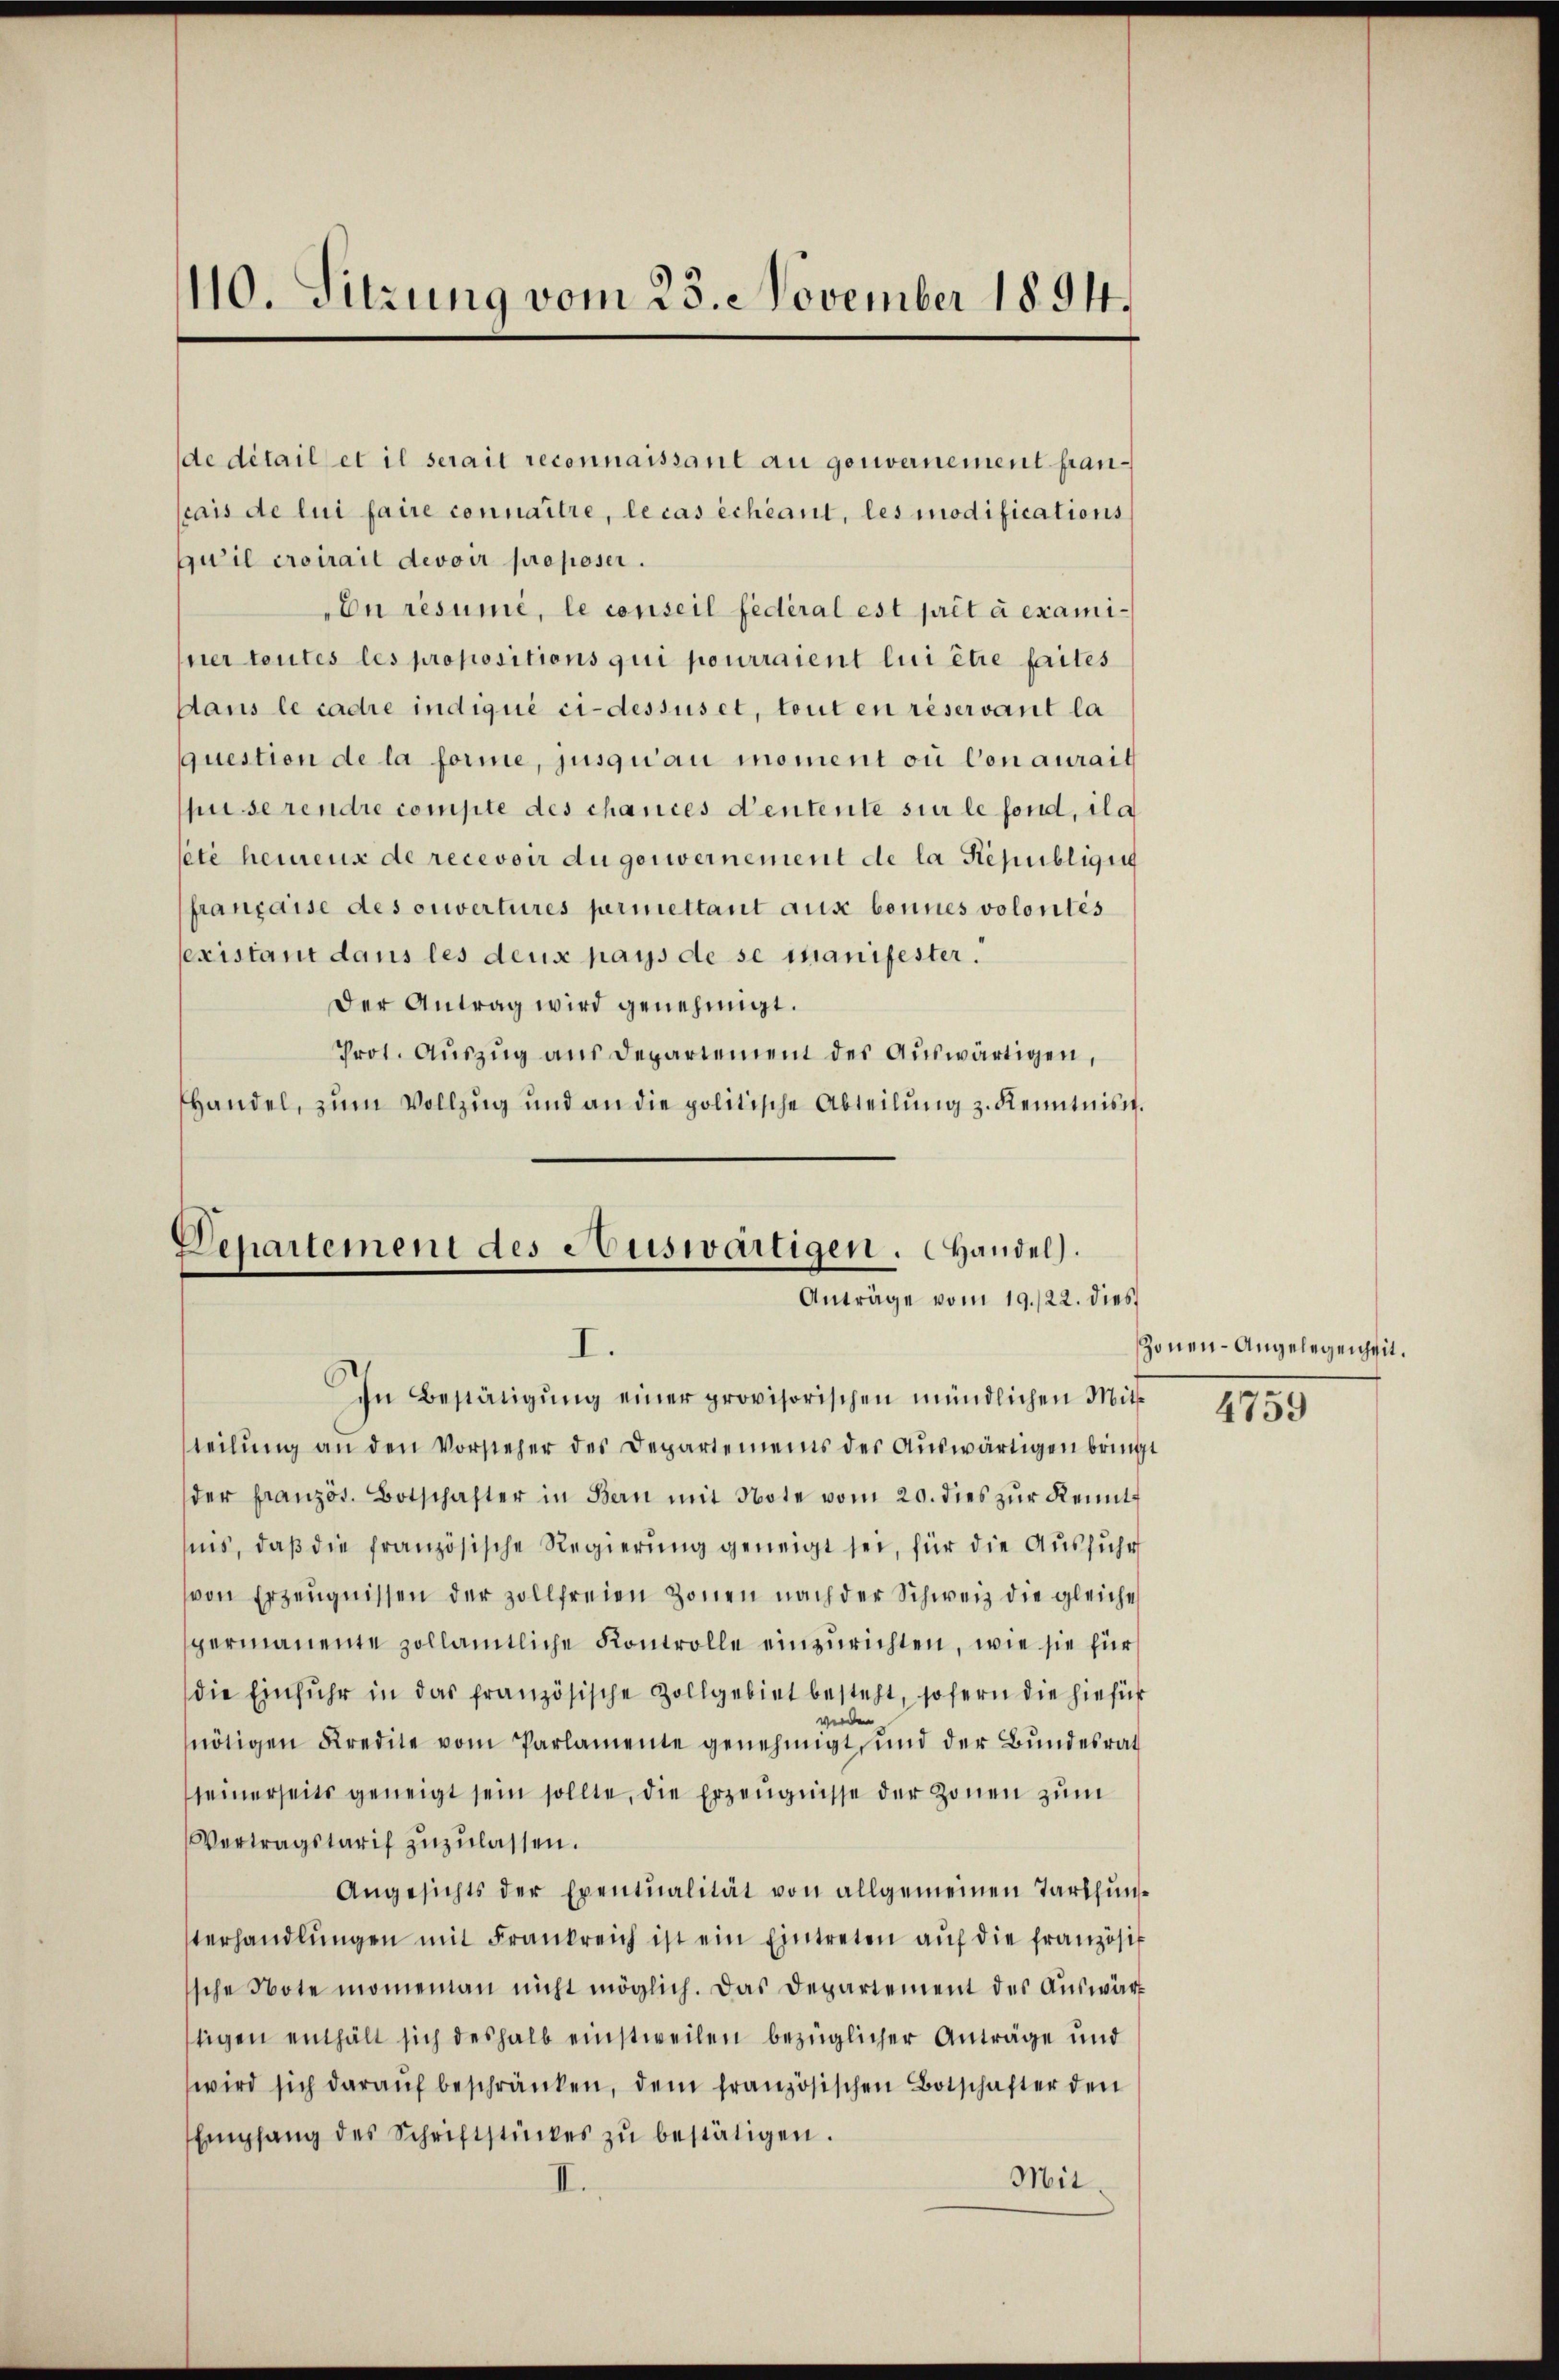
110. Sitzung vom 23. November 1894.

de détail et il serait reconnaissant au genvernement francais de lui faire connaître, le cas échéant, les modifications
uil croirait devoir proposer.
Dn résumé, le conseil fédéral est prét à examiner teutes les propositions qui pourraient lui être faites
dans le cadre indiqué ci-dessus et, tout en reservant la
question de la forme, jusqu’au moment ou con aurait
pu se rendre compte des chances d’entente sur le fond, ila
ete heimens de recevoir du gouvernement de la Républigat
française des ouvertures permettant aus bonnes volontés
existant dans les deus pays de se manifester
Der Antrag wird genehmigt.
Prot. Auszug aus Departement des Auswärtigen,
Handel, zum Vollzug und an die politische Abteilŭng z. Kenntniss

Departement des Auswärtigen. Handel.
Anträge vom 19./22. dies
I.

In Bestätigŭng einer provisorischen mündlichen Mit
teilŭng an den Vorsteher des Departements der Aŭswärtigen bringt
der französ. Botschafter in Bern mit Note vom 20. dies zŭr Kenntis, daβ die französische Regierung geneigt sei, für die Ausführ
von Erzeugnissen der zollfreien Zonen nach der Schweiz die gleiche
germanente zollamtliche Kontrolle einzurichten, wie sie für
die Einfuhr in das französische Zollgebiet besteht, sofern die hiefür
erden
nötigen Kredite vom Parlamente genehmigt, und der Bundesrat
seinerseits geneigt sein sollte, die Erzeugnisse der Zonen zum
Vertragstarif zŭzŭlassen.
Angesichts der Eventualität von allgemeinen Tarthunterhandlŭngen mit Frankreich ist ein Eintreten aŭf die französis
sche Note monieman nicht möglich. Das Departement des Auswärt
stigen enthält sich deshalb einstweilen bezüglicher Anträge und
wird sich daraŭf beschränken, dem französischen Botschafter den
Empfang des Schriftstückes zŭ bestätigen.
Mit

Zonen-Angelegenheit.

4759